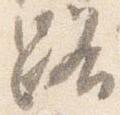
路